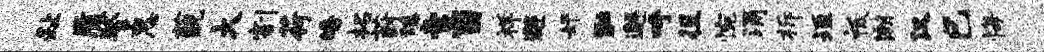
趾质警惠藐大割荷皤拓葑臻啻当祥邂奸黜邂呼徂惋涌柝垣祗潮汉巳悔